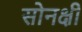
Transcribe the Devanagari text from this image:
सोनक्षी